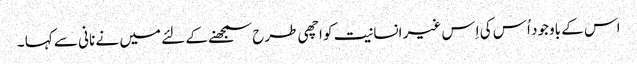
اس کے باوجود اُس کی اِس غیر انسانیت کو اچھی طرح سمجھنے کے لئے میں نے نانی سے کہا ۔